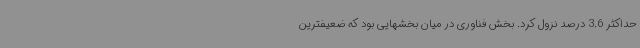
حداکثر 3.6 درصد نزول کرد. بخش فناوری در میان بخشهایی بود که ضعیفترین